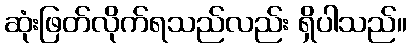
ဆုံးဖြတ်လိုက်ရသည်လည်း ရှိပါသည်။